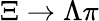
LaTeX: \Xi\to\Lambda\pi